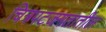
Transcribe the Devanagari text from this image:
चित्रपटजगतातील